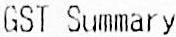
GST SUMMARY